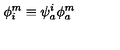
\phi _ { i } ^ { m } \equiv \psi _ { a } ^ { i } \phi _ { a } ^ { m }